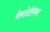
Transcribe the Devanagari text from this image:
मेनडेलियन